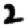
Digit: 2